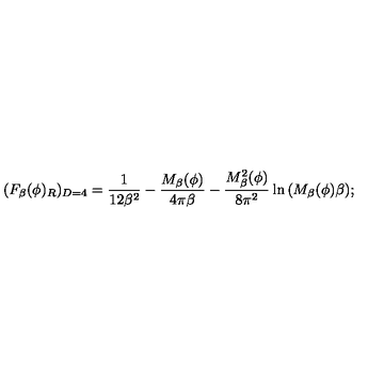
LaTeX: ( F _ { \beta } ( \phi ) _ { R } ) _ { D = 4 } = \frac { 1 } { 1 2 \beta ^ { 2 } } - \frac { M _ { \beta } ( \phi ) } { 4 \pi \beta } - \frac { M _ { \beta } ^ { 2 } ( \phi ) } { 8 \pi ^ { 2 } } \ln { ( M _ { \beta } ( \phi ) \beta ) } ;